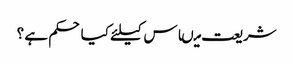
شریعت میںاس کیلئے کیا حکم ہے ؟